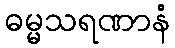
ဓမ္မသရဏာနံ